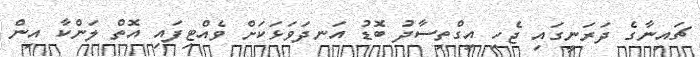
ޗައިނާގެ ދަރަނީގައި ޖެހި އިގްތިސާދު ބޮޑު އަނދަވަޅަކަށް ވެއްޓިފައި އޮތް ލަންކާ އިން